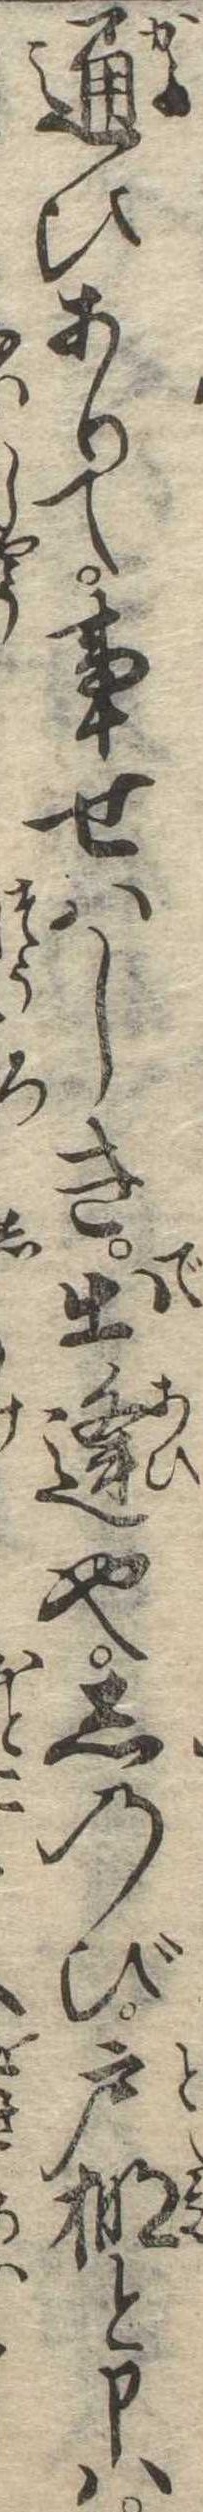
通ひありて事せはしき出逢也しのび戸棚と申は